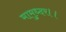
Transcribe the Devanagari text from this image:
मामुध्दर।।